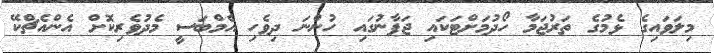
މިލަވައިގެ ޅެމުގެ ތަރުޖަމާ ހޯދުމަށްޓަކައި ޖަޕާނުގައި ހުންނަ ދިވެހި އެމްބަސީ މެދުވެރިކޮށް އެންއެޗްކޭ